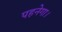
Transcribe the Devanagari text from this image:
पहनेगा।